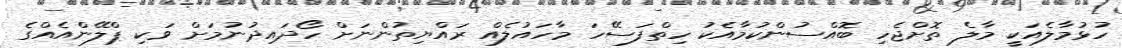
ހުޅުމާލެއަކީ މާލެ ތޮށްޖެހި ބޮއްސުންކުމާއެކު ހިތްފަސޭހަ މާހައުލެއް ރައްޔިތުންނަށް ހޯދައިދުނުމަށް ވަކި ޕްލޭންއެއްގެ